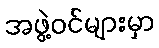
အဖွဲ့ဝင်များမှာ